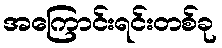
အကြောင်းရင်းတစ်ခု